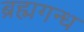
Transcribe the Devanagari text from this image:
ब्रह्मगन्ध